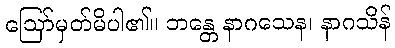
ဩော်မှတ်မိပါ၏။ ဘန္တေ နာဂသေန၊ နာဂသိန်